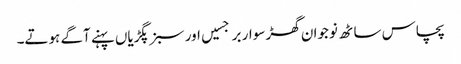
پچاس ساٹھ نوجوان گھڑ سوار برجسیں اور سبز پگڑیاں پہنے آگے ہوتے۔